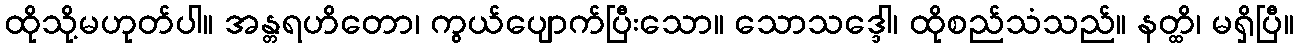
ထိုသို့မဟုတ်ပါ။ အန္တရဟိတော၊ ကွယ်ပျောက်ပြီးသော။ သောသဒ္ဒေါ၊ ထိုစည်သံသည်။ နတ္ထိ၊ မရှိပြီ။